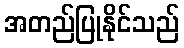
အတည်ပြုနိုင်သည်